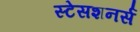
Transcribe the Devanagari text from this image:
स्टेसशनर्स